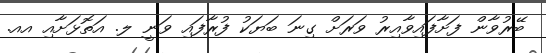
ބޭރުވާން ފަށާފައިވާއިރު ވަރަށް ގިނަ ބަޔަކު ފުރާފައި ވަނީ ލ. އަތޮޅަށާއި އއ.